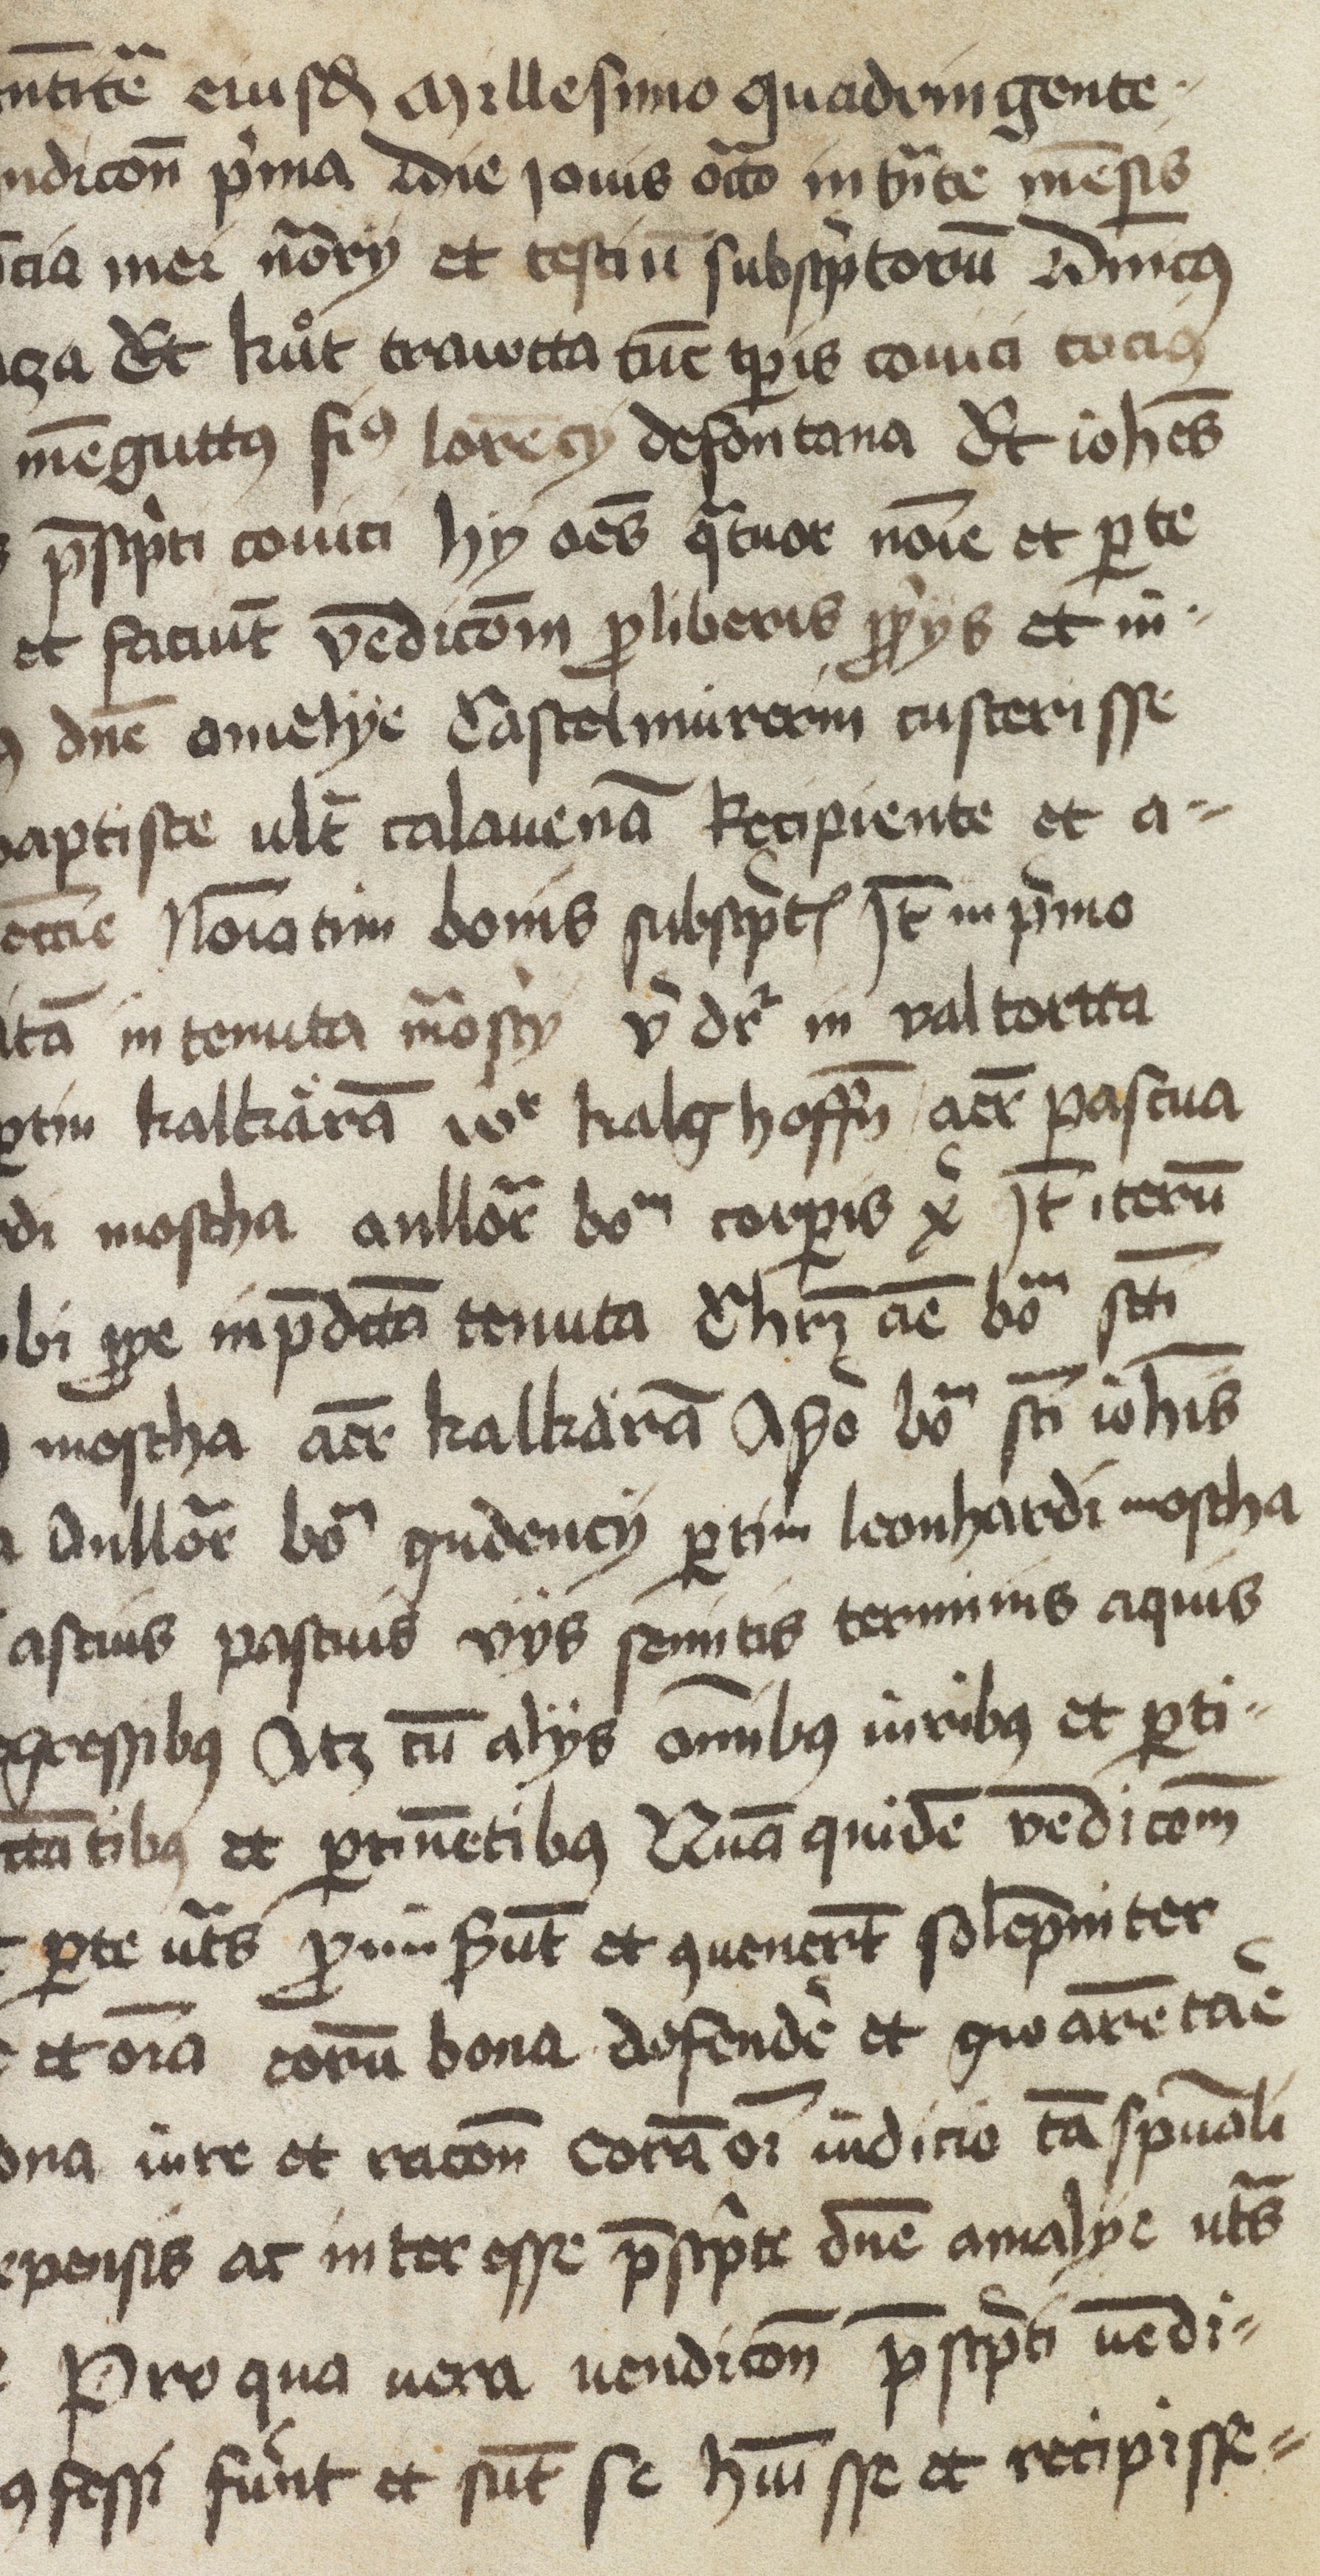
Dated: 1460–1460